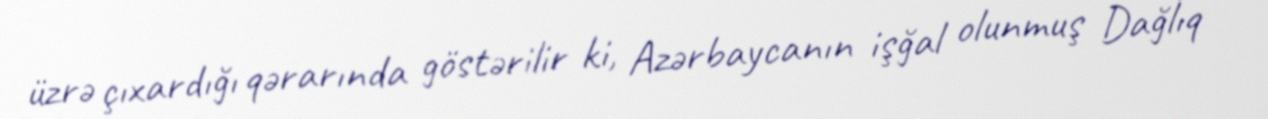
üzrə çıxardığı qərarında göstərilir ki, Azərbaycanın işğal olunmuş Dağlıq